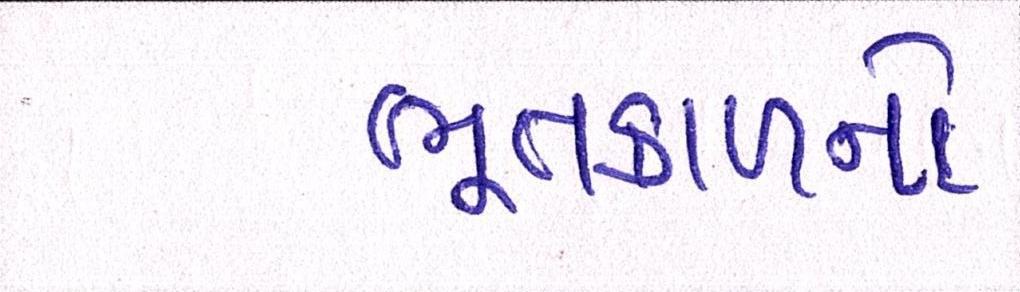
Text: ભૂતકાળનો